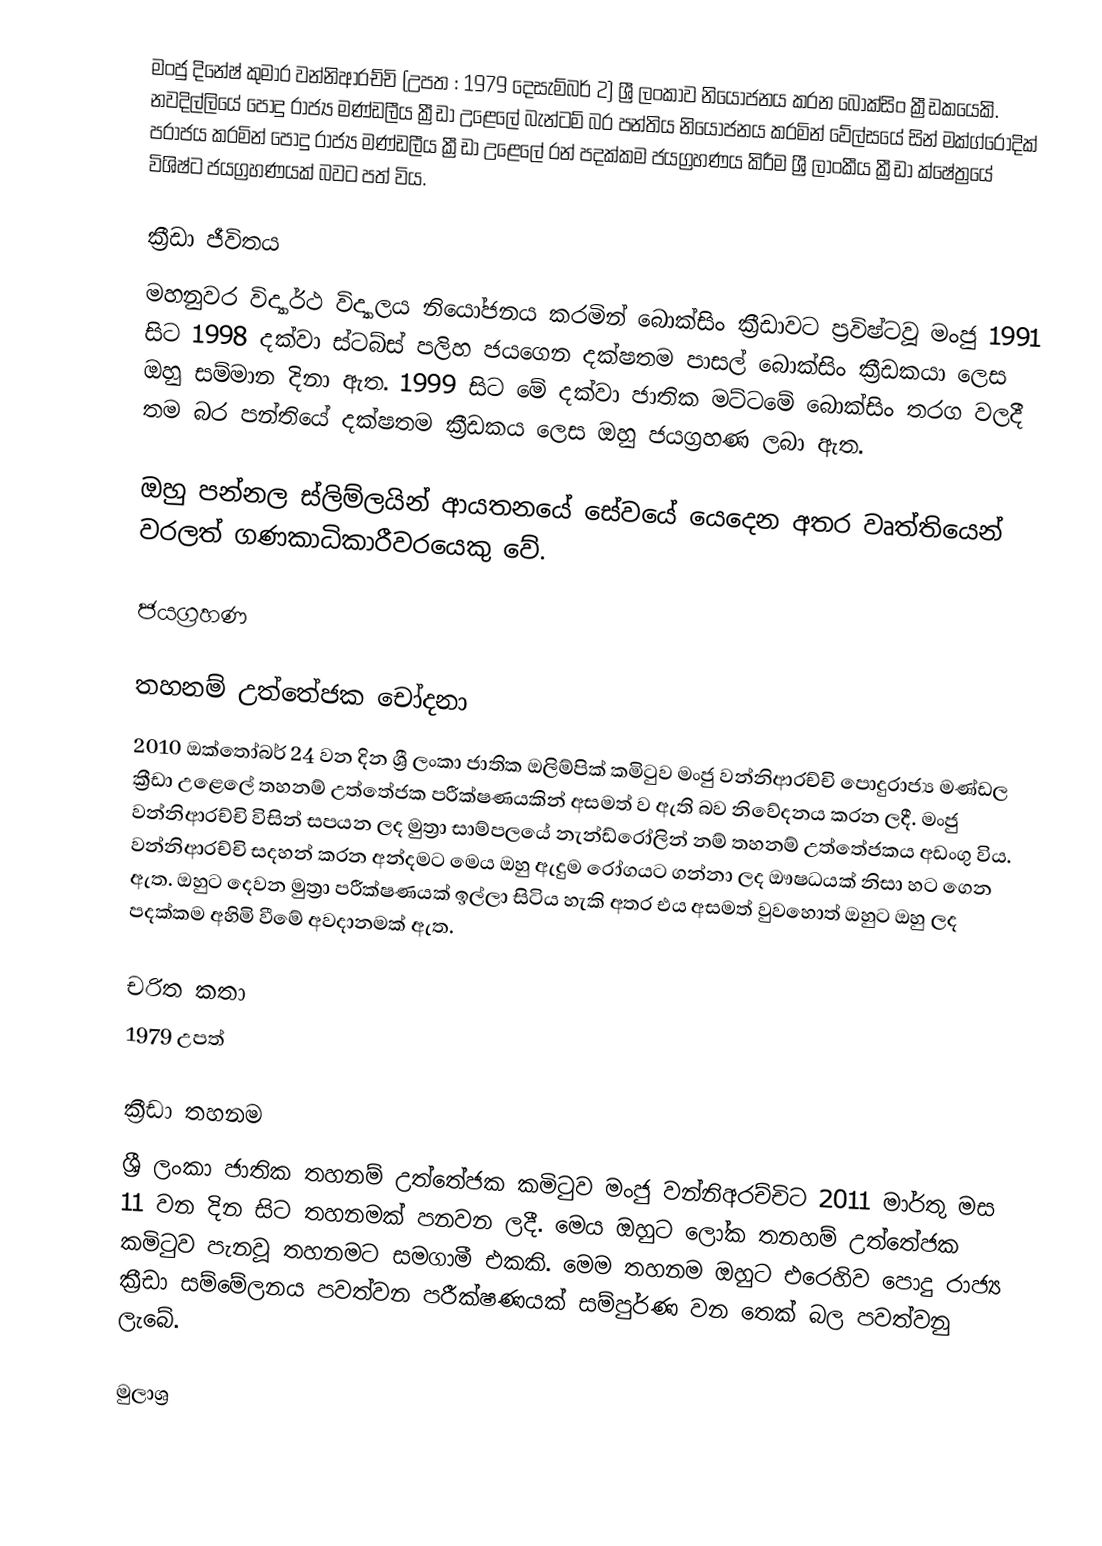
මංජු දිනේෂ් කුමාර වන්නිආරච්චි (උපත : 1979 දෙසැම්බර් 2) ශ්‍රී ලංකාව නියෝජනය කරන බොක්සිං ක්‍රීඩකයෙකි. නවදිල්ලියේ පොදු රාජ්‍ය මණ්ඩලීය ක්‍රීඩා උළෙලේ බැන්ටම් බර පන්තිය නියෝජනය කරමින් වේල්සයේ සින් මක්ග්රෝදික් පරාජය කරමින් පොදු රාජ්‍ය මණ්ඩලීය ක්‍රීඩා උළෙලේ රන් පදක්කම ජයග්‍රහණය කිරීම ශ්‍රී ලාංකීය ක්‍රීඩා ක්ෂේත්‍රයේ විශිෂ්ට ජයග්‍රහණයක් බවට පත් විය.

ක්‍රීඩා ජීවිතය
මහනුවර විද්‍යාර්ථ විද්‍යාලය නියෝජනය කරමින් බොක්සිං ක්‍රීඩාවට ප්‍රවිෂ්ටවූ මංජු 1991 සිට 1998 දක්වා ස්ටබ්ස් පලිහ ජයගෙන දක්ෂතම පාසල් බොක්සිං ක්‍රීඩකයා ලෙස ඔහු සම්මාන දිනා ඇත. 1999 සිට මේ දක්වා ජාතික මට්ටමේ බොක්සිං තරග වලදී තම බර පන්තියේ දක්ෂතම ක්‍රීඩකය ලෙස ඔහු ජයග්‍රහණ ලබා ඇත.

ඔහු පන්නල ස්ලිම්ලයින් ආයතනයේ සේවයේ යෙදෙන අතර වෘත්තියෙන් වරලත් ගණකාධිකාරීවරයෙකු වේ.

ජයග්‍රහණ

තහනම් උත්තේජක චෝදනා
2010 ඔක්තෝබර් 24 වන දින ශ්‍රී ලංකා ජාතික ඔලිම්පික් කමිටුව මංජු වන්නිආරච්චි පොදුරාජ්‍ය මණ්ඩල ක්‍රීඩා උළෙලේ තහනම් උත්තේජක පරීක්ෂණයකින් අසමත් ව ඇති බව නිවේදනය කරන ලදී. මංජු වන්නිආරච්චි විසින් සපයන ලද මුත්‍රා සාම්පලයේ නැන්ඩ්රෝලින් නම් තහනම් උත්තේජකය අඩංගු විය. වන්නිආරච්චි සදහන් කරන අන්දමට මෙය ඔහු ඇදුම රෝගයට ගන්නා ලද ඖෂධයක් නිසා හට ගෙන ඇත. ඔහුට දෙවන මුත්‍රා පරීක්ෂණයක් ඉල්ලා සිටිය හැකි අතර එය අසමත් වුවහොත් ඔහුට ඔහු ලද පදක්කම අහිමි වීමේ අවදානමක් ඇත.

චරිත කතා
1979 උපත්

ක්‍රීඩා තහනම
ශ්‍රී ලංකා ජාතික තහනම් උත්තේජක කමිටුව මංජු වන්නිඅරච්චිට 2011 මාර්තු මස 11 වන දින සිට තහනමක් පනවන ලදී. මෙය ඔහුට ලෝක තනහම් උත්තේජක කමිටුව පැනවූ තහනමට සමගාමී එකකි. මෙම තහනම ඔහුට එරෙහිව පොදු රාජ්‍ය ක්‍රීඩා සම්මේලනය පවත්වන පරීක්ෂණයක් සම්පුර්ණ වන තෙක් බල පවත්වනු ලැබේ.

මුලාශ්‍ර